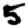
Digit: 5